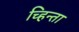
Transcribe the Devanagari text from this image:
च्हिन्ता